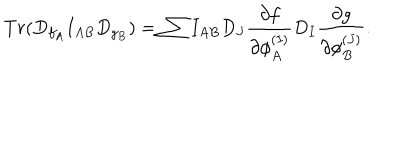
LaTeX: T r ( D _ { f _ { A } } I _ { A B } D _ { g _ { B } } ) = \sum I _ { A B } D _ { J } { \frac { \partial f } { \partial \phi _ { A } ^ { ( I ) } } } D _ { I } { \frac { \partial g } { \partial \phi _ { B } ^ { ( J ) } } } .